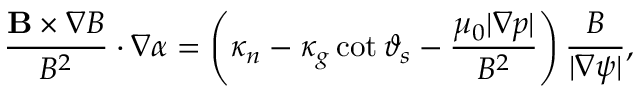
\frac { \mathbf { B } \times \nabla B } { B ^ { 2 } } \cdot \nabla \alpha = \left( \kappa _ { n } - \kappa _ { g } \cot \vartheta _ { s } - \frac { \mu _ { 0 } | \nabla p | } { B ^ { 2 } } \right) \frac { B } { | \nabla \psi | } ,